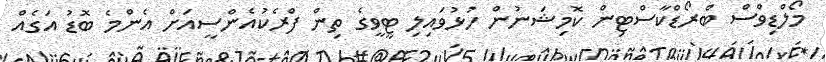
މޯލްޑިވްސް ބްރޯޑްކާސްޓިން ކޮމިޝަނުން ހުޅުވައިލި ޓީވީގެ ތިން ފްރެކުއެންސީއަށް އެންމެ ބޮޑު އަގެއް